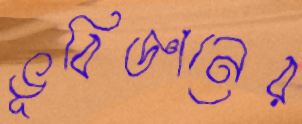
ভূবিজ্ঞানের